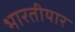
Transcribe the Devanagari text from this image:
भारतीयार